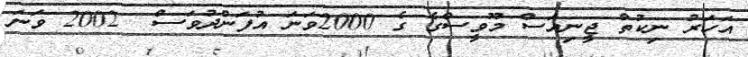
އަހަރު ނިކުތް ޖީނިއަސް މޫވީސްގެ ގެ 2000ވަނަ އުފަންދުވަސް  2002 ވަނަ